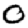
Digit: 0